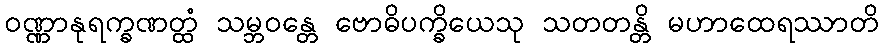
ဝဏ္ဏာနုရက္ခဏတ္ထံ သမ္ဘဝန္တေ ဗောဓိပက္ခိယေသု သတတန္တိ မဟာထေရဿာတိ